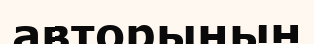
авторының